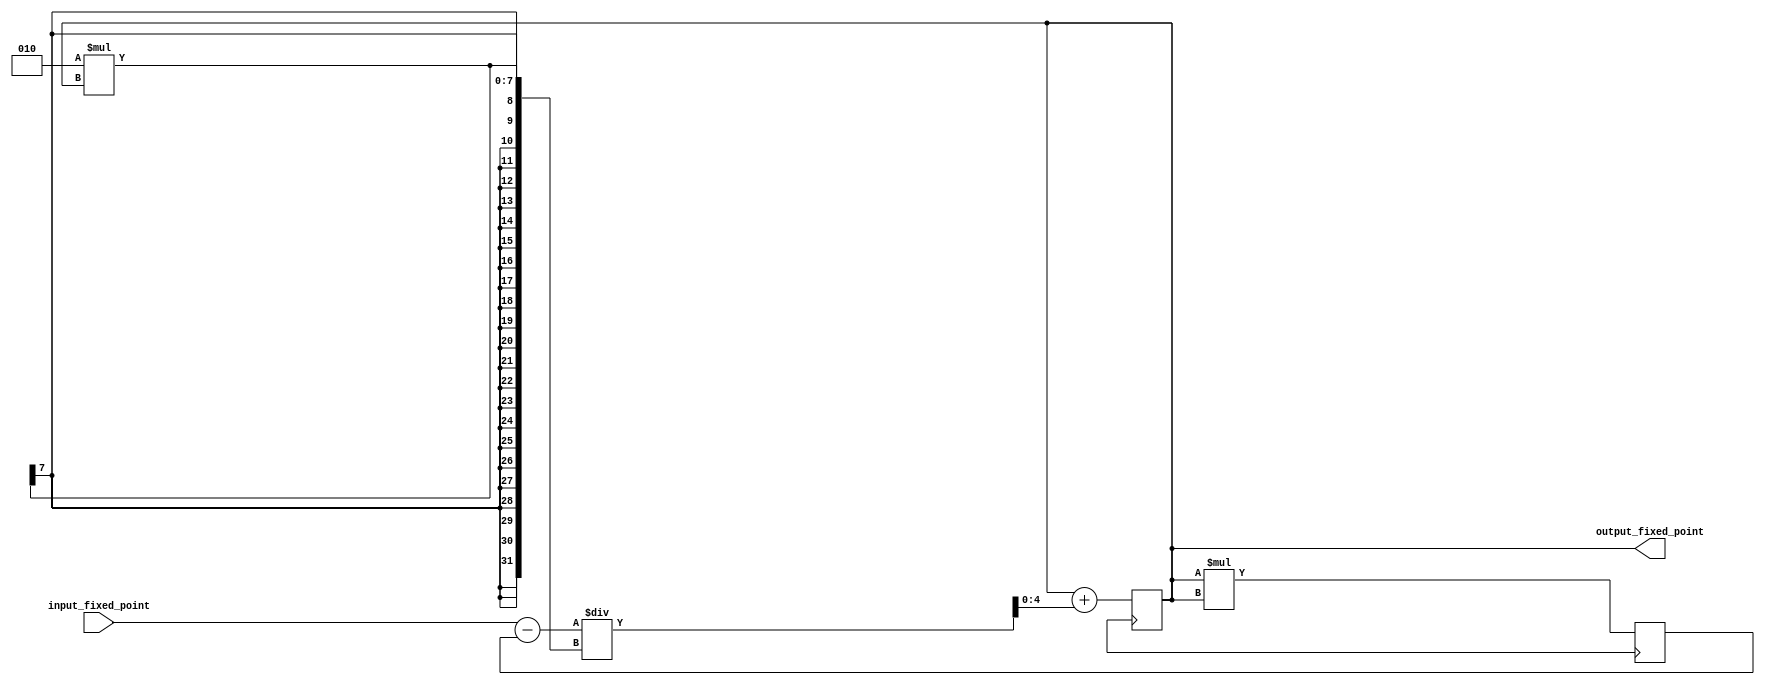
module sqrt_module (
  input wire signed [(m+n)-1:0] input_fixed_point,
  output wire signed [(m+n)/2-1:0] output_fixed_point
);

parameter m = 4;
parameter n = 7;

reg signed [(m+n)/2-1:0] guess;
reg signed [(m+n)/2-1:0] next_guess;
reg signed [(2*(m+n))-1:0] square_guess;
reg signed [(m+n)-1:0] input_square;
reg signed [(m+n)-1:0] error;

always @(*) begin
  input_square = input_fixed_point * input_fixed_point;
  error = input_fixed_point - square_guess;
  next_guess = guess + error / (2 * guess);
end

initial begin
  guess = 0;
  square_guess = 0;
  next_guess = 0;
end

always @(posedge clk) begin
  guess <= next_guess;
  square_guess <= guess * guess;
end

assign output_fixed_point = guess;

endmodule